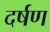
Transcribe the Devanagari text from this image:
दर्षण